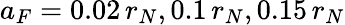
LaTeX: a_{F}=0.02\, r_{N},0.1\, r_{N},0.15\, r_{N}